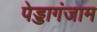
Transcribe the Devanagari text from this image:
पेड्डागंजाम